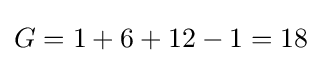
G=1+6+12-1=18